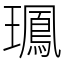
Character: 𤪧